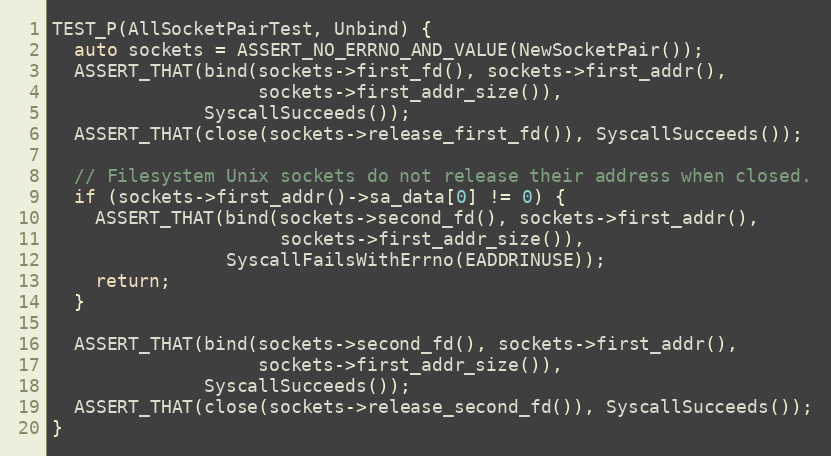
Language: C++
TEST_P(AllSocketPairTest, Unbind) {
  auto sockets = ASSERT_NO_ERRNO_AND_VALUE(NewSocketPair());
  ASSERT_THAT(bind(sockets->first_fd(), sockets->first_addr(),
                   sockets->first_addr_size()),
              SyscallSucceeds());
  ASSERT_THAT(close(sockets->release_first_fd()), SyscallSucceeds());

  // Filesystem Unix sockets do not release their address when closed.
  if (sockets->first_addr()->sa_data[0] != 0) {
    ASSERT_THAT(bind(sockets->second_fd(), sockets->first_addr(),
                     sockets->first_addr_size()),
                SyscallFailsWithErrno(EADDRINUSE));
    return;
  }

  ASSERT_THAT(bind(sockets->second_fd(), sockets->first_addr(),
                   sockets->first_addr_size()),
              SyscallSucceeds());
  ASSERT_THAT(close(sockets->release_second_fd()), SyscallSucceeds());
}